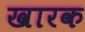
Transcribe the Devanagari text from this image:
खारक